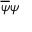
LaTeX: { \overline { { \psi } } } \psi